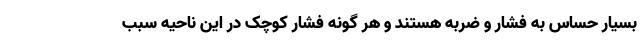
بسیار حساس به فشار و ضربه هستند و هر گونه فشار کوچک در این ناحیه سبب